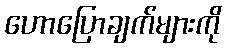
ဟောပြောချက်များကို